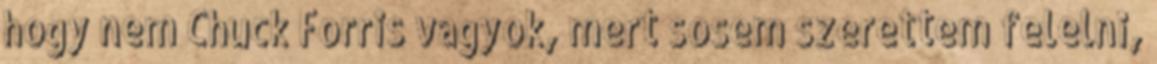
hogy nem Chuck Forris vagyok, mert sosem szerettem felelni,